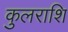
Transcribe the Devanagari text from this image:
कुलराशि